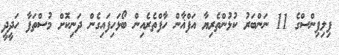
ފިލިޕިންސްގެ 11 ނަންބަރު ކުޅުންތެރިޔާ އަފްޣާން ހާފްތެރެއިން ބޯޅަހިފައިގެން ދަނިކޮށް މުސްތަފާ ހަދީދީ